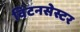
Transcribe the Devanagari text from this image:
विंटनसेस्टर